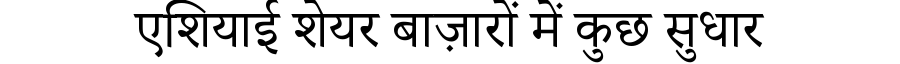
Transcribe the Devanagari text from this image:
एशियाई शेयर बाज़ारों में कुछ सुधार